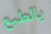
بالطبع